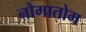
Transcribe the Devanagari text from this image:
नोमातोम